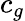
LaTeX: c_{g}